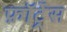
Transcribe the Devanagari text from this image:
फ़ॉर्ट्रेस